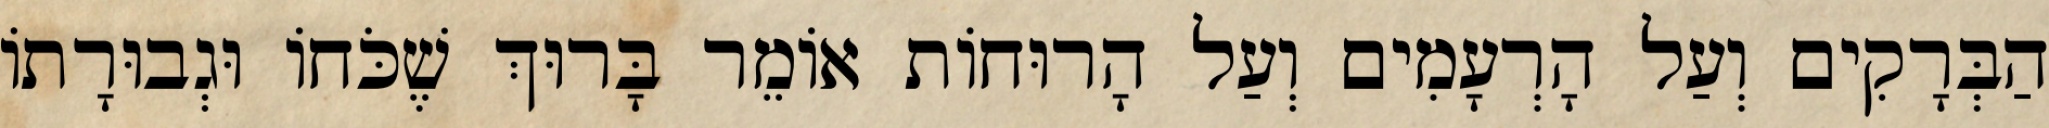
הַבְּרָקִים וְעַל הָרְעָמִים וְעַל הָרוּחוֹת אוֹמֵר בָּרוּךְ שֶׁכֹּחוֹ וּגְבוּרָתוֹ